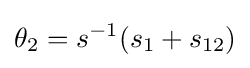
\theta _{2}=s^{-1}(s_{1}+s_{12})